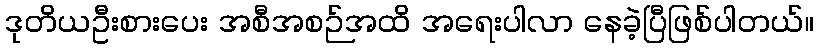
ဒုတိယဦးစားပေး အစီအစဉ်အထိ အရေးပါလာ နေခဲ့ပြီဖြစ်ပါတယ်။